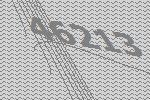
46213